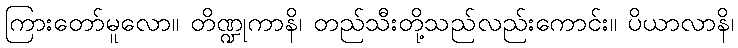
ကြားတော်မူလော။ တိဏ္ဍုကာနိ၊ တည်သီးတို့သည်လည်းကောင်း။ ပိယာလာနိ၊